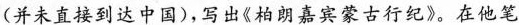
(并未直接到达中国)，写出《柏朗嘉宾蒙古行纪》。在他笔